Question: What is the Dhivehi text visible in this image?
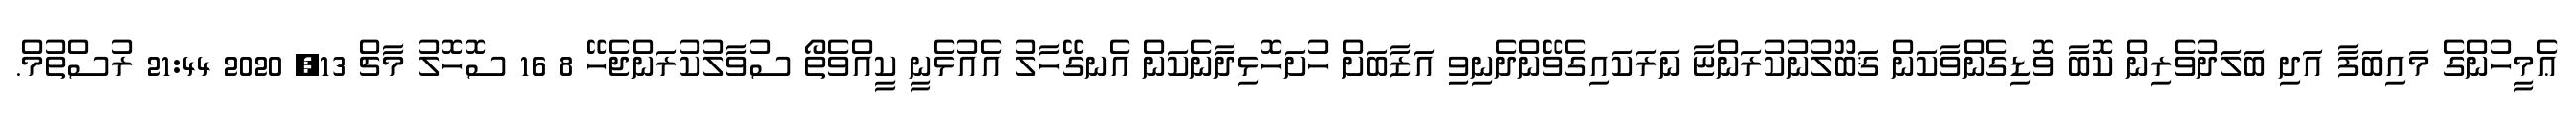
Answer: ޢެމީހުންގެ މައިބަފާ އަދި ބަލަދުވެރިން ކޮބާ ވޮޑިގެންވާކަން ޤަބޫލުނުކުރަންޏާ ނަރަކައިގެވޭންދެނިވި އަޒާބަށް ހުށަހޮޅިދާނެކަން އެނގޭހާލު އެއުޅެނީ ކީއްވެތޯ ސުވާލުކުރަންޖެހޭ 8 16 ސޮހޮލު މާޗް 13, 2020 21:44 ރުސްތުމް.